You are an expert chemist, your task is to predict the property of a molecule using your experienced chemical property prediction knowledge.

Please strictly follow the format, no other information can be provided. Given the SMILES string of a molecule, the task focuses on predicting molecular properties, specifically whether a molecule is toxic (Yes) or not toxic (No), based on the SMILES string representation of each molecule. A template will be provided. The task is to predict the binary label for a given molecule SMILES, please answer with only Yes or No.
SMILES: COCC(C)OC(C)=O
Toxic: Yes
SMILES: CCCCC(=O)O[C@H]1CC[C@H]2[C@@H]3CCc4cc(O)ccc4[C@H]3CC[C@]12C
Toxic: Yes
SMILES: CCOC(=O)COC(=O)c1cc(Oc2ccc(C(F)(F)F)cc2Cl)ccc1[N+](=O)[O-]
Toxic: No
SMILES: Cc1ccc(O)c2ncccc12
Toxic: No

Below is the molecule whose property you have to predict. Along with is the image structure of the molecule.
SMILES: C[Si](NC1CCCCC1)(NC1CCCCC1)NC1CCCCC1
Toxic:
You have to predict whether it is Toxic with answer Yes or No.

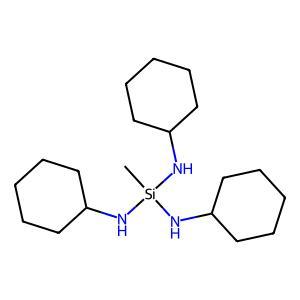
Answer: No